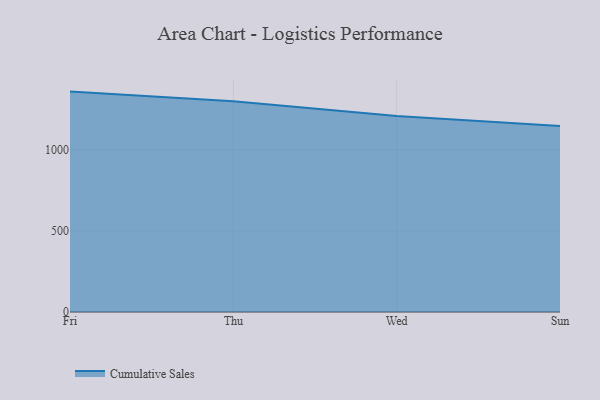
{"axis": {"x": "Day", "y": "Humidity (%)"}, "legend": ["Cumulative Sales"], "data": [{"x": "Fri", "y": 1358.7, "type": "Cumulative Sales"}, {"x": "Thu", "y": 1299.3, "type": "Cumulative Sales"}, {"x": "Wed", "y": 1208.5, "type": "Cumulative Sales"}, {"x": "Sun", "y": 1147.3, "type": "Cumulative Sales"}]}